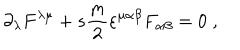
\partial _ { \lambda } F ^ { \lambda \mu } + s \frac { m } { 2 } \varepsilon ^ { \mu \alpha \beta } F _ { \alpha \beta } = 0 \; ,